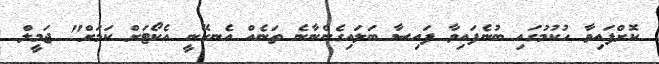
ކޮށްފައިވާ ހުކުމުގައި ބުނެފައިވާ ފައިސާ ބަލައިގެންނާނެ ތަނެއް އެނގޭނީ އެކޯޓަށް ކަމަށް" ޖަމީލް